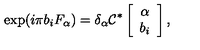
\exp ( i \pi b _ { i } F _ { \alpha } ) = { \delta } _ { \alpha } { \cal C } ^ { * } \left[ \begin{array} { c } { { \alpha } } \\ { b _ { i } } \\ \end{array} \right] ,